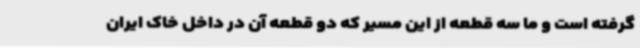
گرفته است و ما سه قطعه از این مسیر که دو قطعه آن در داخل خاک ایران